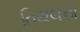
તિથલના